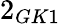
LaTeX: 2_{GK1}